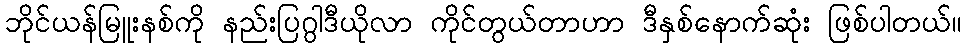
ဘိုင်ယန်မြူးနစ်ကို နည်းပြဂွါဒီယိုလာ ကိုင်တွယ်တာဟာ ဒီနှစ်နောက်ဆုံး ဖြစ်ပါတယ်။